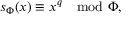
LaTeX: s _ { \Phi } ( x ) \equiv x ^ { q } \mod \Phi ,